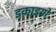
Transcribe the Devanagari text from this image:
इकाइयो